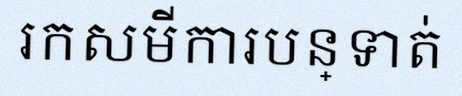
រកសមីការបន្ទាត់